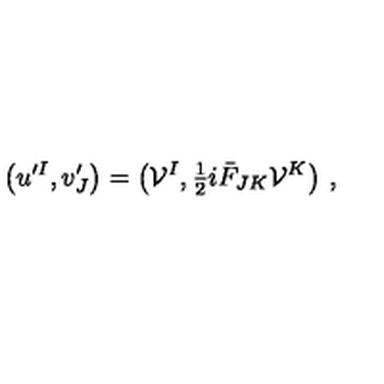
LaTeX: \big ( u ^ { \prime I } , v _ { J } ^ { \prime } \big ) = \big ( { \cal V } ^ { I } , { \textstyle { \frac { 1 } { 2 } } } i \bar { F } _ { J K } { \cal V } ^ { K } \big ) \ ,